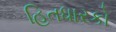
હિતધારકો